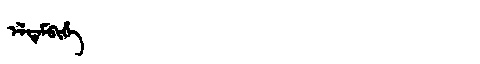
Manchu: ᡝᠯᡩᡝᠮᠪᡳᡥᡝ
Romanization: ELDEMBIHE